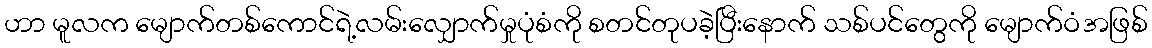
ဟာ မူလက မျောက်တစ်ကောင်ရဲ့လမ်းလျှောက်မှုပုံစံကို စတင်တုပခဲ့ပြီးနောက် သစ်ပင်တွေကို မျောက်ဝံအဖြစ်